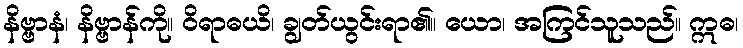
နိဗ္ဗာနံ၊ နိဗ္ဗာန်ကို။ ဝိရာဓယိ၊ ချွတ်ယွင်းရာ၏။ ယော၊ အကြင်သူသည်။ ဣဓ၊